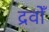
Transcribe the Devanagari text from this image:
द्रवोँ